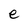
Character: e